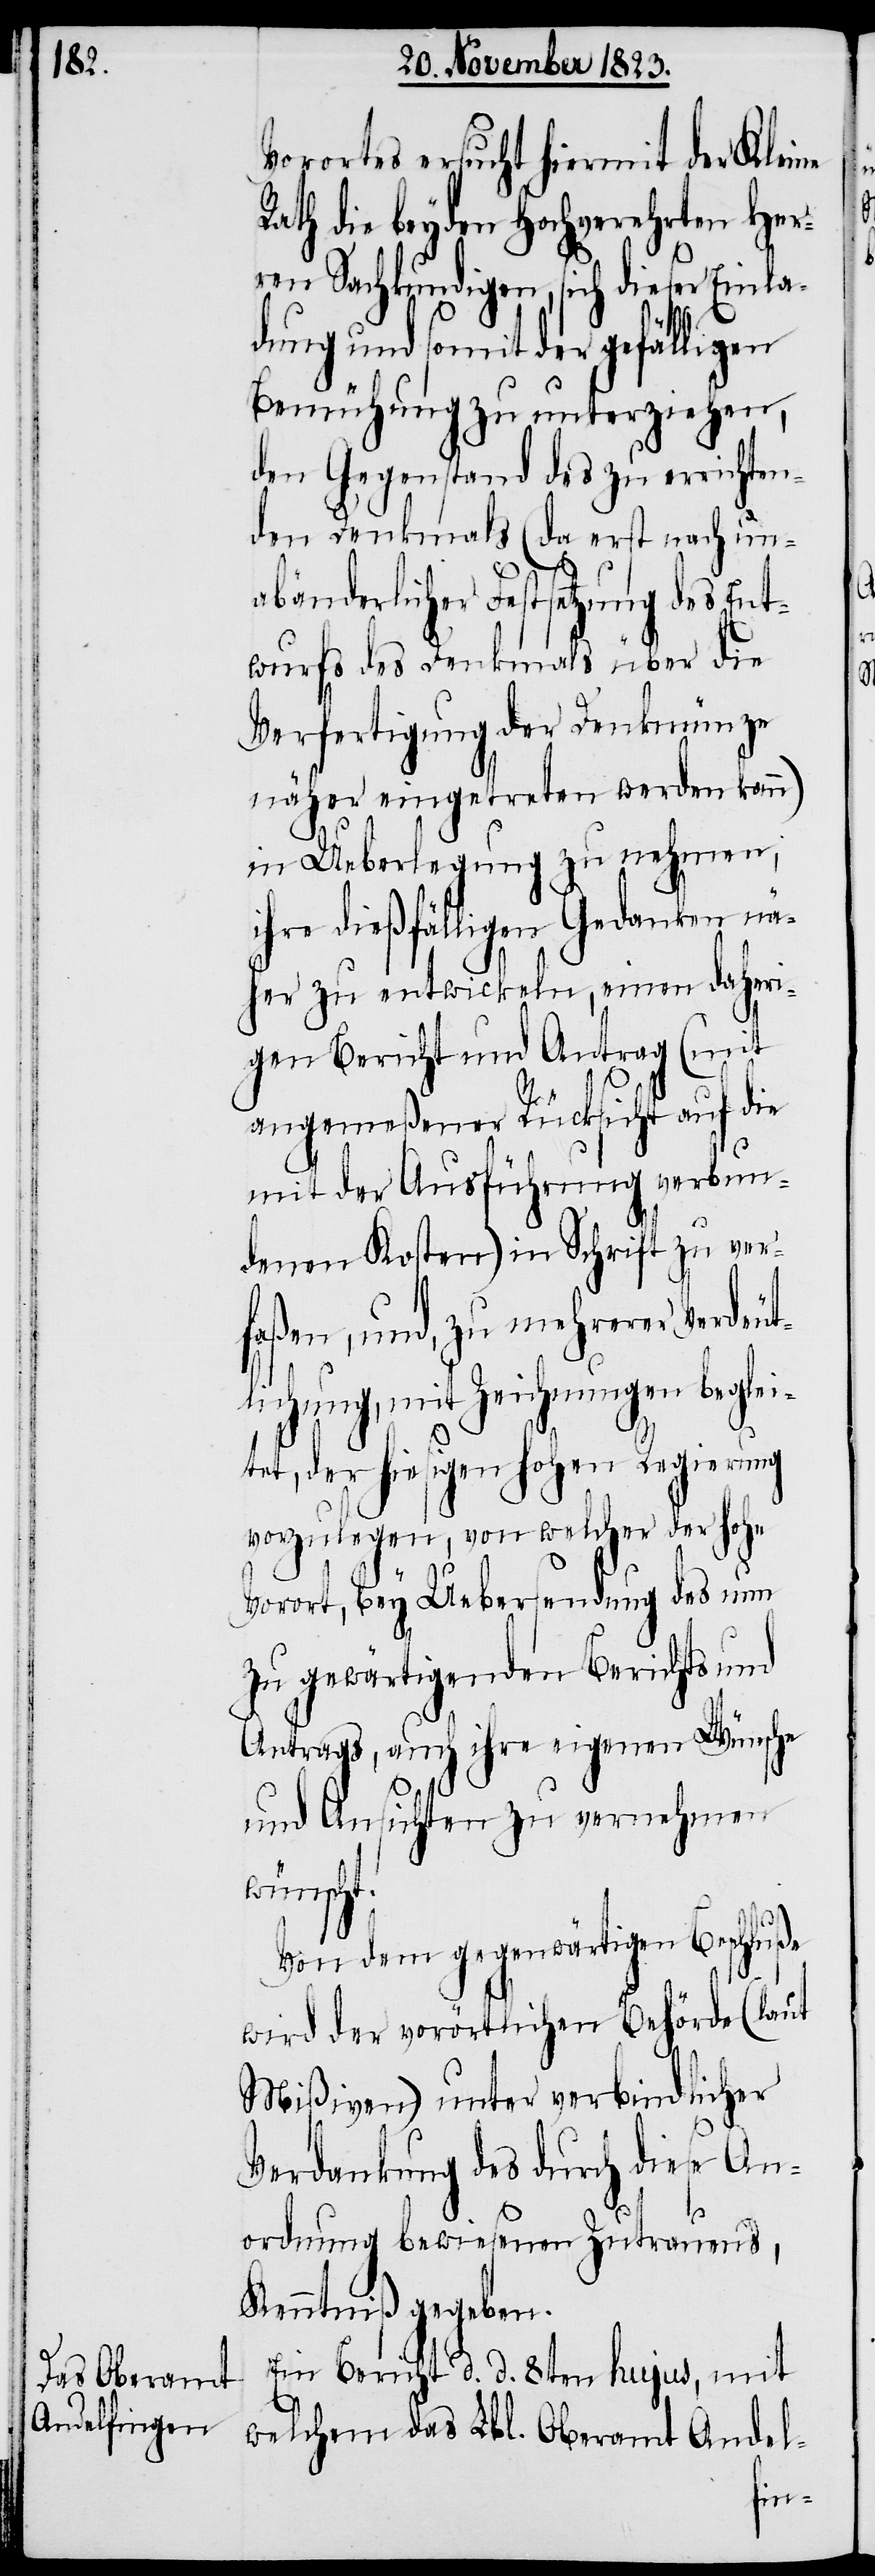
Vorortes ersucht hiermit der Kleine
Rath die beyden Hochverehrten Her¬
ren Sachkundigen, sich dieser Einla¬
dung und somit der gefälligen
Bemühung zu unterziehen,
den Gegenstand des zu errichten¬
den Denkmals (da erst nach un¬
abänderlicher Festsetzung des Ent¬
wurfs des Denkmals über die
Verfertigung der Denkmünze
näher eingetreten werden kann)
in Ueberlegung zu nehmen,
ihre dießfälligen Gedanken nä¬
her zu entwickeln, einen daheri¬
gen Bericht und Antrag (mit
angemeßener Rücksicht auf die
mit der Ausführung verbun¬
denen Kosten) in Schrift zu ver¬
faßen, und, zu mehrerer Verdeu¬
tlichung, mit Zeichnungen beglei¬
tet, der hiesigen hohen Regierung
vorzulegen, von welcher der hohe
Vorort, bey Uebersendung des nun
zu gewärtigenden Berichts und
Antrags, auch ihre eigenen Wünsche
und Ansichten zu vernehmen
wünscht.
Von dem gegenwärtigen Beschluße
wird der vorörtlichen Behörde (laut
Mißiven) unter verbindlicher
Verdankung des durch diese An¬
ordnung bewiesenen Zutrauens,
Kenntniß gegeben.
Ein Bericht d. d. 8ten hujus, mit
welchem das Lbl. Oberamt Andel-